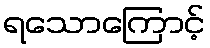
ရသောကြောင့်